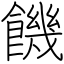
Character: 饑